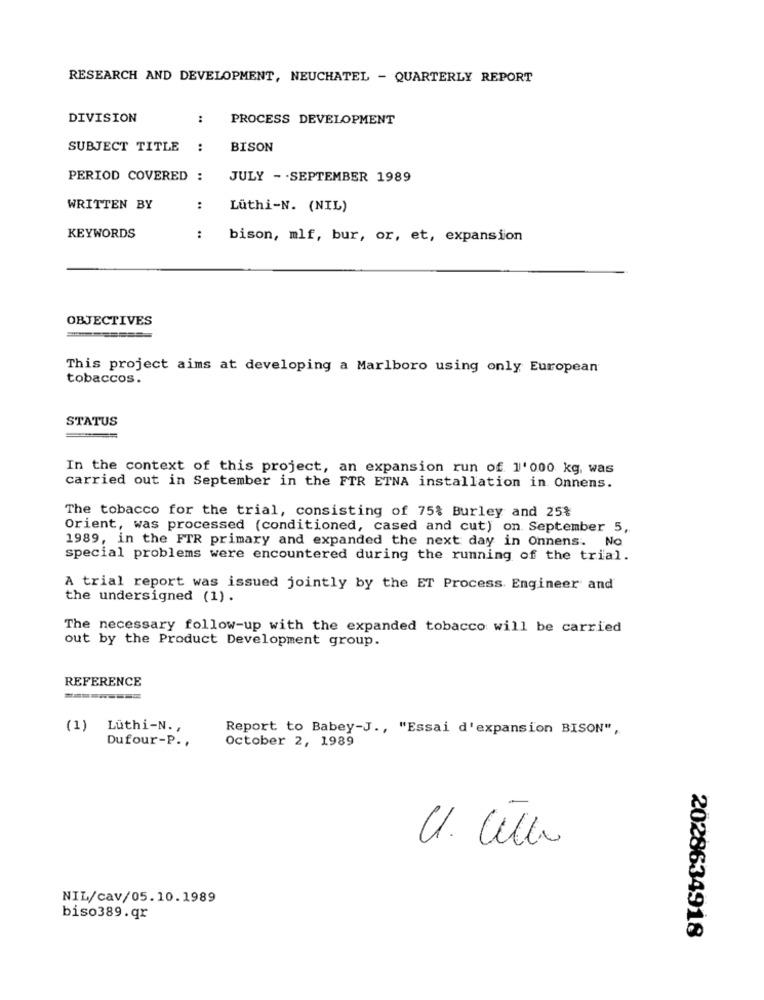
RESEARCH AND DEVELOPMENT, NEUCHATEL - QUARTERLY REPORT
DIVISION
:
PROCESS DEVELOPMENT
SUBJECT TITLE
:
BISON
PERIOD COVERED :
JULY - - SEPTEMBER 1989
WRITTEN BY
:
Lüthi-N. (NIL)
KEYWORDS
:
bison, mlf, bur, or, et, expansion
OBJECTIVES
This project aims at developing a Marlboro using only European
tobaccos.
STATUS
In the context of this project, an expansion run of 1'000 kg, was
carried out in September in the FTR ETNA installation in. Onnens.
The tobacco for the trial, consisting of 75% Burley and 25%
Orient, was processed (conditioned, cased and cut) on. September 5,
1989, in the FTR primary and expanded the next day in Onnens. No
special problems were encountered during the running of the trial.
A trial report was issued jointly by the ET Process. Engineer and
the undersigned (1).
The necessary follow-up with the expanded tobacco will be carried
out by the Product Development group.
REFERENCE
(1) Lüthi-N .,
Report to Babey-J ., "Essai d'expansion BISON",
Dufour-P .,
October 2, 1989
NIL/cav/05.10.1989
biso389.qr
2028634918